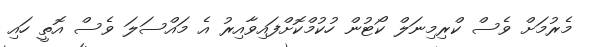
މެރުމަށް ވެސް ކްރިމިނަލް ކޯޓުން ހުކުމްކޮށްފައިވާއިރު އެ މައްސަލަ ވެސް އޮތީ ހައި